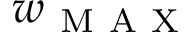
w _ { \mathrm { ~ M ~ A ~ X ~ } }